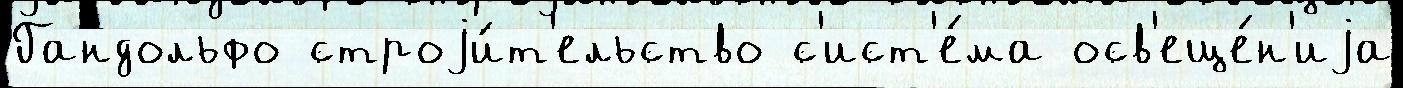
Гандольфо строjи́т'ельство с'ист'е́ма осв'еще́н'иjа